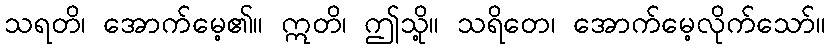
သရတိ၊ အောက်မေ့၏။ ဣတိ၊ ဤသို့။ သရိတေ၊ အောက်မေ့လိုက်သော်။